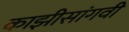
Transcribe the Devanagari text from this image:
काझीसांगवी